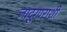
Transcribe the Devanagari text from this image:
जादूगाराशी